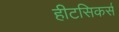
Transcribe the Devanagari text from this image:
हीटसिकर्स